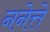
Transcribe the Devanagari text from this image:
ननेत्ते